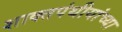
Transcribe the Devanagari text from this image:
शाक्तपंथीयांच्या